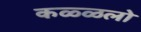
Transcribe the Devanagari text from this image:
कळ्ळलो